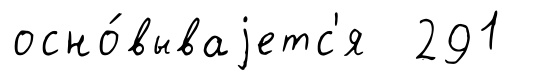
осно́вываjетс'я 291